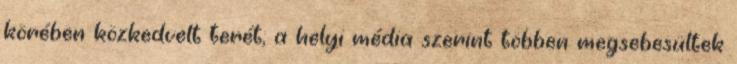
körében közkedvelt terét; a helyi média szerint többen megsebesültek